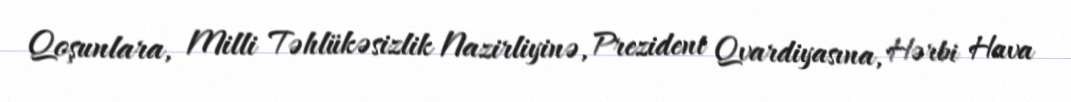
Qoşunlara, Milli Təhlükəsizlik Nazirliyinə, Prezident Qvardiyasına, Hərbi Hava